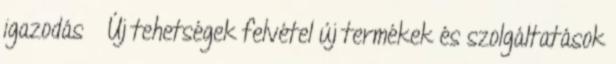
igazodás ◦ Új tehetségek felvétel új termékek és szolgáltatások